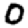
Digit: 0